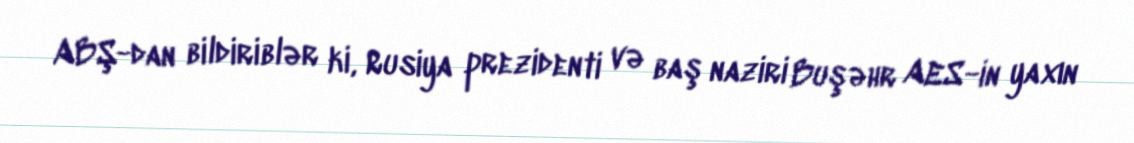
ABŞ-dan bildiriblər ki, Rusiya prezidenti və baş naziri Buşəhr AES-in yaxın